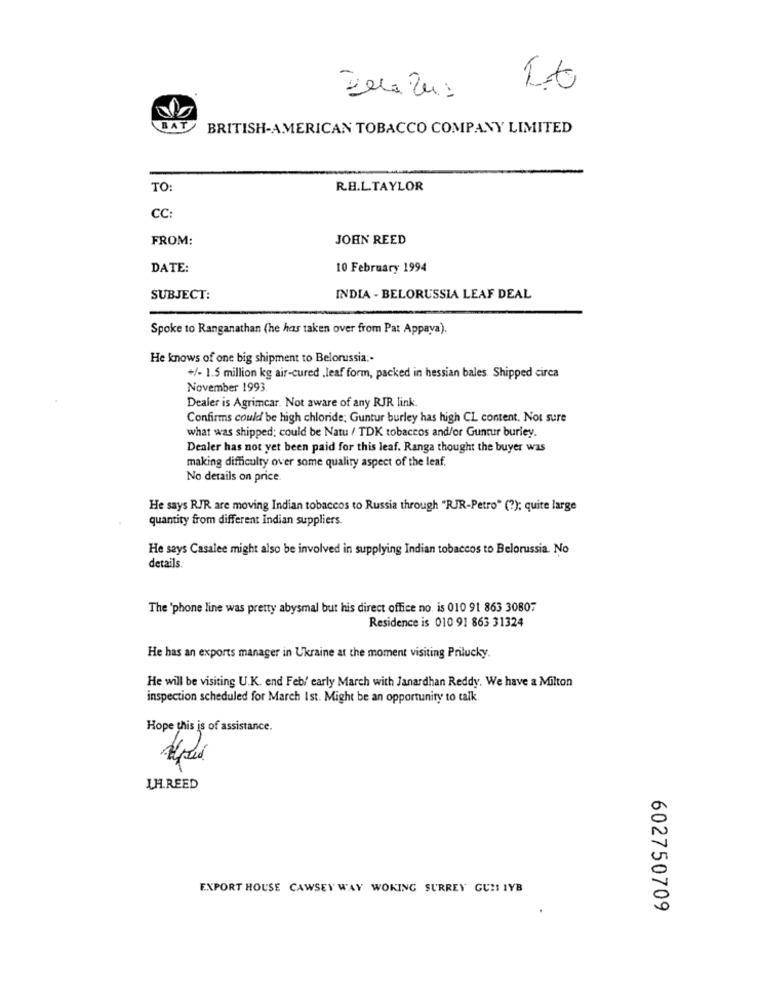
It
BAT
BRITISH-AMERICAN TOBACCO COMPANY LIMITED
TO
R.H.L.TAYLOR
CC:
FROM:
JOHN REED
DATE:
10 February 1994
SUBJECT:
INDIA - BELORUSSIA LEAF DEAL
Spoke to Ranganathan (he has taken over from Pat Appava).
He knows of one big shipment to Belorussia :-
+/- 1.5 million kg air-cured ,leaf form, packed in hessian bales. Shipped circa
November 1993.
Dealer is Agrimcar. Not aware of any RJR link.
Confirms could be high chloride; Guntur burley has high CL content. Not sure
what was shipped; could be Natu / TDK tobaccos and/or Guntur burley.
Dealer has not yet been paid for this leaf. Ranga thought the buyer was
making difficulty over some quality aspect of the leaf.
No details on price.
He says RJR are moving Indian tobaccos to Russia through "RJR-Petro" (?); quite large
quantity from different Indian suppliers.
He says Casalee might also be involved in supplying Indian tobaccos to Belorussia. No
details.
The 'phone line was pretty abysmal but his direct office no. is 010 91 863 30807
Residence is 010 91 863 31324
He has an exports manager in Ukraine at the moment visiting Prilucky.
He will be visiting U.K. end Feb/ early March with Janardhan Reddy. We have a Milton
inspection scheduled for March Ist. Might be an opportunity to talk.
Hope this is of assistance.
LH.REED
EXPORT HOUSE CAWSEY WAY WOKING SURREY GUMI IYB
602750709